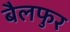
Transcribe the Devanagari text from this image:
बैलफुर